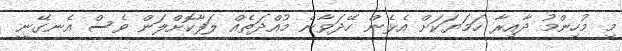
މި މުހިންމު ދާއިރާ ހަމަޔަކަށް އެޅެން ހޭދަވާނެ މުއްދަތެއް ލަފާކޮށްލަން ވެސް އެނގޭނީ